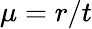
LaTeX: \mu=r/t